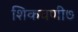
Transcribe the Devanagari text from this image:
शिकवणी७